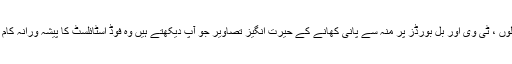
رسالوں ، ٹی وی اور بل بورڈز پر منہ سے پانی کھانے کے حیرت انگیز تصاویر جو آپ دیکھتے ہیں وہ فوڈ اسٹائلسٹ کا پیشہ ورانہ کام ہے۔